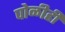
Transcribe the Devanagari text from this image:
पोळीही